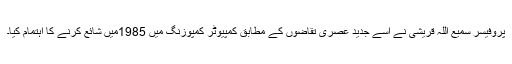
پروفیسر سمیع اللہ قریشی نے اسے جدید عصری تقاضوں کے مطابق کمپیوٹر کمپوزنگ میں 1985میں شائع کرنے کا اہتمام کیا۔